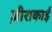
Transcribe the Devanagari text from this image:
ज़ीराकाई